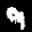
Label: 9